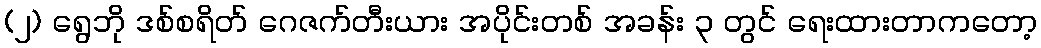
(၂) ရွေဘို ဒစ်စရိတ် ဂေဇက်တီးယား အပိုင်းတစ် အခန်း ၃ တွင် ရေးထားတာကတော့